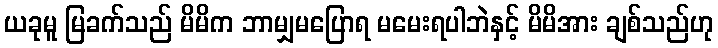
ယခုမူ မြခက်သည် မိမိက ဘာမျှမပြောရ မမေးရပါဘဲနှင့် မိမိအား ချစ်သည်ဟု